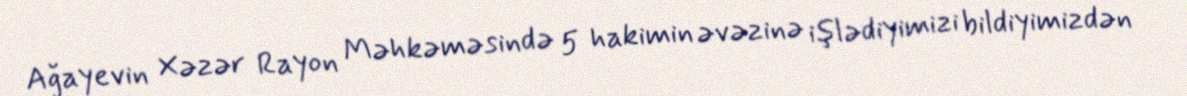
Ağayevin Xəzər Rayon Məhkəməsində 5 hakimin əvəzinə işlədiyimizi bildiyimizdən